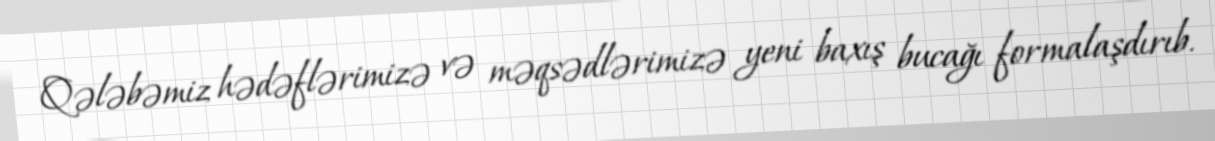
Qələbəmiz hədəflərimizə və məqsədlərimizə yeni baxış bucağı formalaşdırıb.